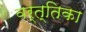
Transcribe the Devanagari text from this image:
वर्त्तिका